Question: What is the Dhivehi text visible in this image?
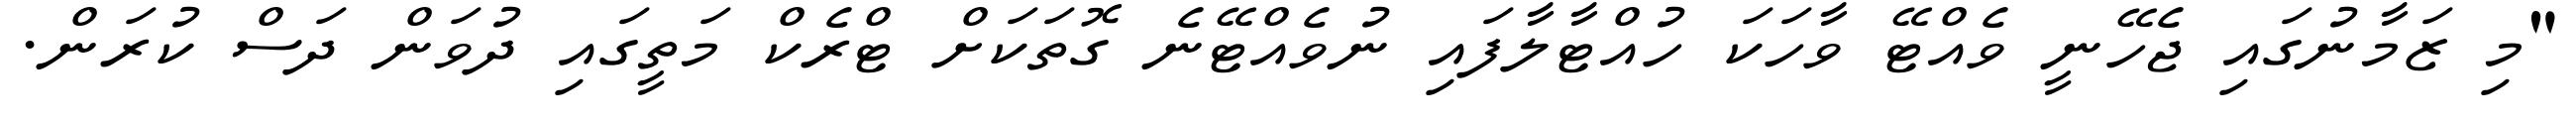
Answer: "މި ޒަމާނުގައި ޖެހޭނީ ވެއްޓޭ ވާހަކަ ހުއްޓާލާފައި ނުވެއްޓޭނެ ގޮތަކަށް ޓްރެކް މަތީގައި ދުވަން ދަސް ކުރަން.